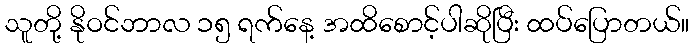
သူတို့ နိုဝင်ဘာလ ၁၅ ရက်နေ့ အထိစောင့်ပါဆိုပြီး ထပ်ပြောတယ်။